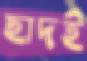
ছাদই